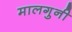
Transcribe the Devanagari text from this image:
मालगुनी